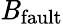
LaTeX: \mathit{B}_{\textrm{{fault}}}